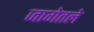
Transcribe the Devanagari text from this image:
जागेतले